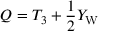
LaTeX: Q = T _ { 3 } + { \frac { 1 } { 2 } } Y _ { \mathrm { W } }